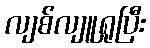
လျစ်လျူရှုပြီး